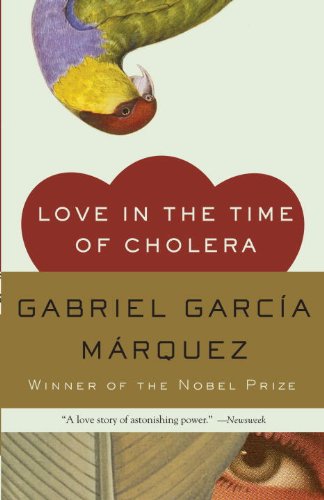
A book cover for Love in the Time of Cholera (Oprah's Book Club); Gabriel Garcia Marquez; Literature & Fiction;